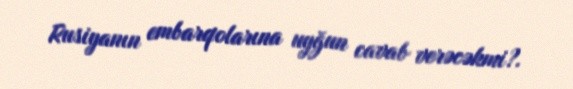
Rusiyanın embarqolarına uyğun cavab verəcəkmi?.